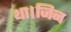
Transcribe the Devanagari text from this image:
था।जिन